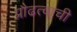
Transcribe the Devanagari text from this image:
प्रौढत्वाची